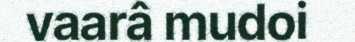
vaarâ mudoi